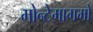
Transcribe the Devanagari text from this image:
मोन्टेमागमो